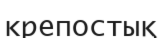
крепостық